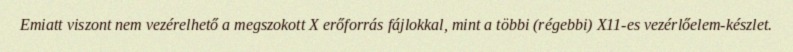
Emiatt viszont nem vezérelhető a megszokott X erőforrás fájlokkal, mint a többi (régebbi) X11-es vezérlőelem-készlet.